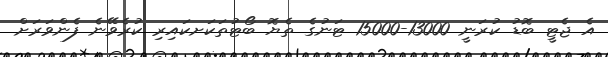
އެ ޖެޓީ ބޮޑު ކުރަނީ 13000-15000 ޓަނުގެ ތެޔޮ ބޯޓުތަކަށކައިރި ކުރެވޭނެ ފެންވަރަށް